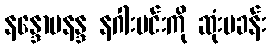
နန္ဒောပနန္ဒ နဂါးမင်းကို ဆုံးမခန်း